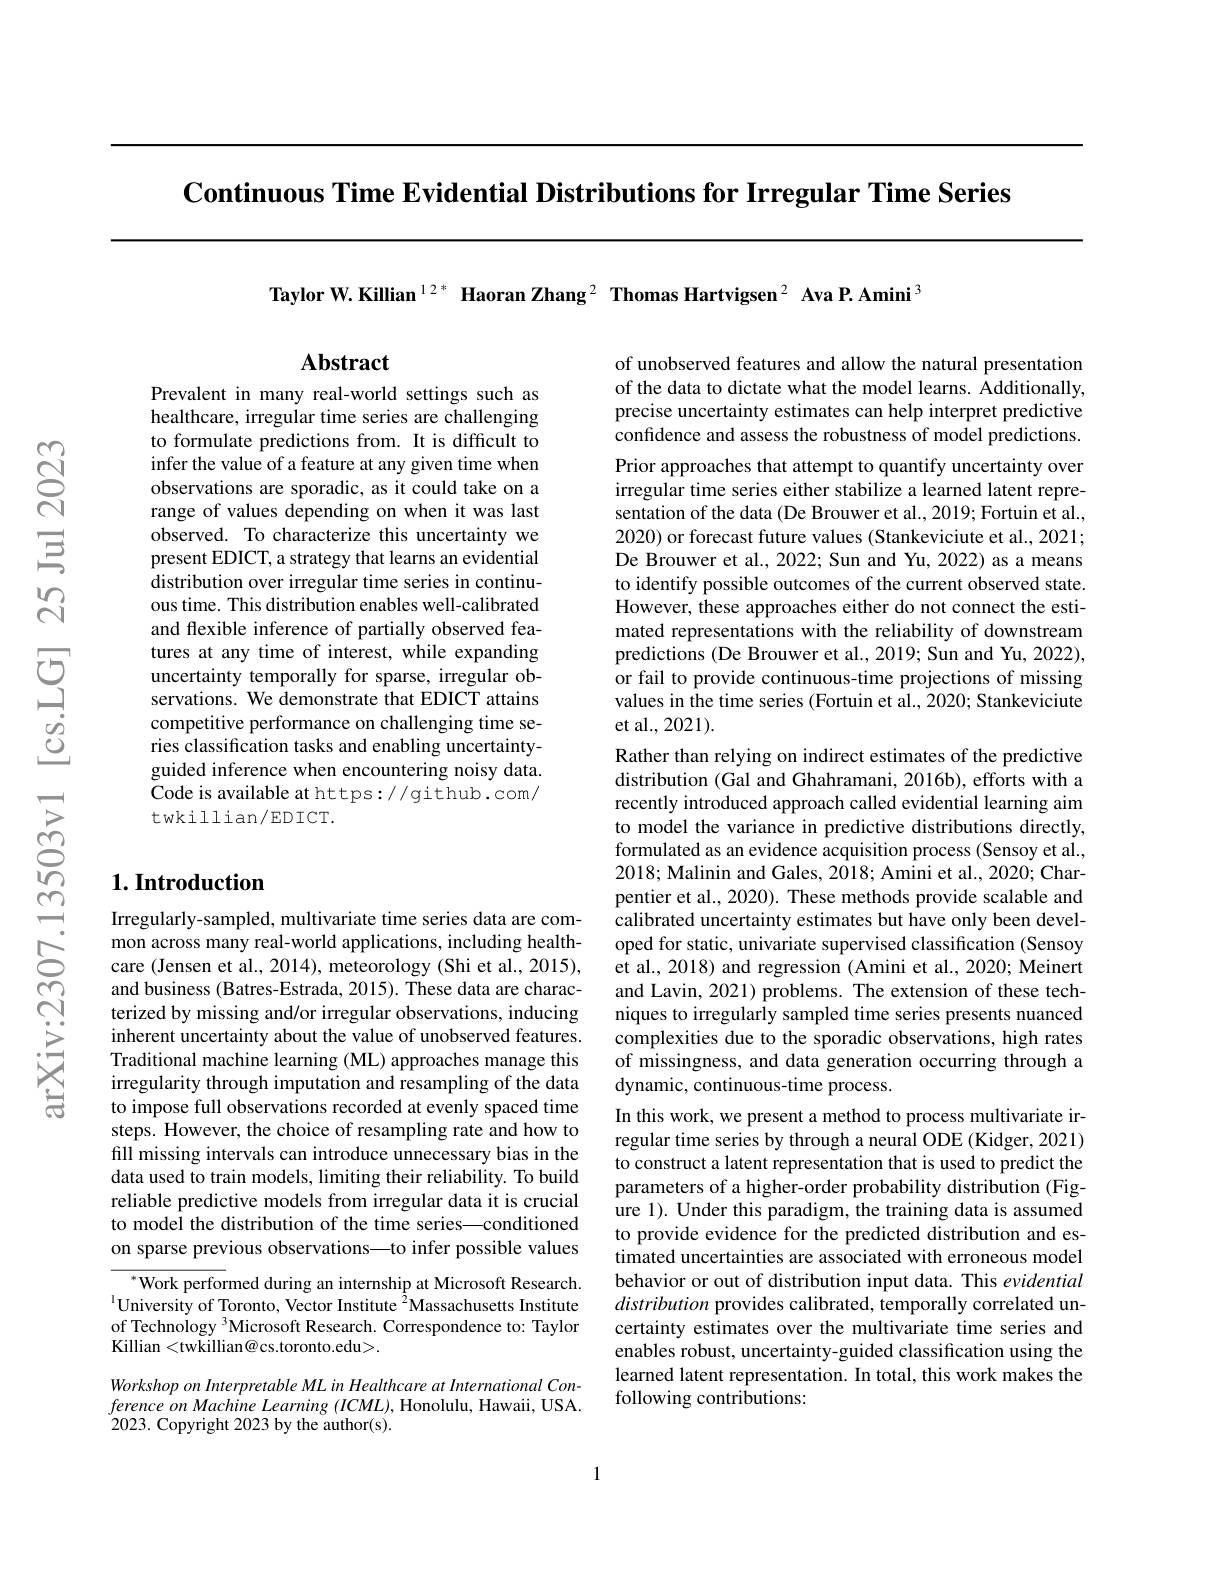
Continuous Time Evidential Distributions for Irregular Time Series

Taylor W.Killian $^{12*}$ Haoran Zhang$^{2}$ Thomas Hartvigsen$^{2}$ Ava P. Amini$^{3}$

## $\mathbf{Abstract}$

Prevalent in many real-world settings such as healthcare, irregular time series are challenging to formulate predictions from. It is difficult to infer the value of a feature at any given time when observations are sporadic, as it could take on a range of values depending on when it was last observed. To characterize this uncertainty we present EDICT, a strategy that learns an evidential distribution over irregular time series in continuous time. This distribution enables well-calibrated and flexible inference of partially observed features at any time of interest, while expanding uncertainty temporally for sparse, irregular observations. We demonstrate that EDICT attains competitive performance on challenging time series classification tasks and enabling uncertaintyguided inference when encountering noisy data. Code is available at https://github.com/ twkillian/EDICT.

## $1. \textbf{Introduction}$

Irregularly-sampled, multivariate time series data are common across many real-world applications, including healthcare (Jensen et al., 2014), meteorology (Shi et al., 2015), and business (Batres-Estrada, 2015). These data are characterized by missing and/or irregular observations, inducing inherent uncertainty about the value of unobserved features. Traditional machine learning (ML) approaches manage this irregularity through imputation and resampling of the data to impose full observations recorded at evenly spaced time steps. However, the choice of resampling rate and how to fill missing intervals can introduce unnecessary bias in the data used to train models, limiting their reliability. To build reliable predictive models from irregular data it is crucial to model the distribution of the time series—conditioned on sparse previous observations—to infer possible values

$^{*}{\mathrm{Work~performed~during~an~internship~at~Microsoft~Research.}}$ $^{1}$University of Toronto, Vector Institute$^{2}$Massachusetts Institute of Technology $^3$Microsoft Research. Correspondence to: Taylor Killian <twkillian@cs.toronto.edu>.

Workshop on Interpretable ML in Healthcare at International ConferenceonMachine Learning $(ICML)$,Honolulu, Hawaii, USA. 2023. Copyright 2023 by the author(s).

of unobserved features and allow the natural presentation of the data to dictate what the model learns. Additionally, precise uncertainty estimates can help interpret predictive confidence and assess the robustness of model predictions.

Prior approaches that attempt to quantify uncertainty over irregular time series either stabilize a learned latent representation of the data (De Brouwer et al., 2019; Fortuin et al., 2020) or forecast future values (Stankeviciute et al., 2021; De Brouwer et al., 2022; Sun and Yu, 2022) as a means to identify possible outcomes of the current observed state. However, these approaches either do not connect the estimated representations with the reliability of downstream predictions (De Brouwer et al., 2019; Sun and Yu, 2022), or fail to provide continuous-time projections of missing values in the time series (Fortuin et al., 2020; Stankeviciute et al., 2021).
Rather than relying on indirect estimates of the predictive distribution (Gal and Ghahramani, 2016b), efforts with a recently introduced approach called evidential learning aim to model the variance in predictive distributions directly, formulated as an evidence acquisition process (Sensoy et al., 2018; Malinin and Gales, 2018; Amini et al., 2020; Charpentier et al., 2020). These methods provide scalable and $\hat{\text{calibrated uncertainty estimates but have only been devel-}}$ oped for static, univariate supervised classification (Sensoy et al., 2018) and regression (Amini et al., 2020; Meinert and Lavin, 2021) problems. The extension of these techniques to irregularly sampled time series presents nuanced complexities due to the sporadic observations, high rates of missingness, and data generation occurring through a dynamic, continuous-time process.
In this work, we present a method to process multivariate irregular time series by through a neural ODE (Kidger, 2021) to construct a latent representation that is used to predict the parameters of a higher-order probability distribution (Figure 1). Under this paradigm, the training data is assumed to provide evidence for the predicted distribution and estimated uncertainties are associated with erroneous model behavior or out of distribution input data. This evidential distribution provides calibrated, temporally correlated uncertainty estimates over the multivariate time series and enables robust, uncertainty-guided classification using the learned latent representation. In total, this work makes the following contributions:

1